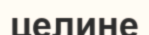
целине